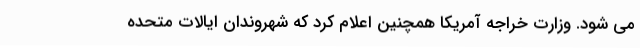
می شود. وزارت خراجه آمریکا همچنین اعلام کرد که شهروندان ایالات متحده